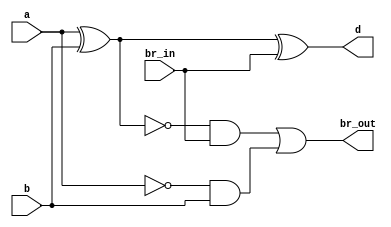
`timescale 1ns / 1ps
//////////////////////////////////////////////////////////////////////////////////
// Company: 
// 
// Design Name: Full Subtractor Structural
// Module Name: Full_Subtractor_Structural
// Project Name: 
// Target Devices: 
// Tool Versions: Vivado 2021.2
// Description: 
// 
// Dependencies: 
// 
// Revision:
// Revision 0.01 - File Created
// Additional Comments:
// 
//////////////////////////////////////////////////////////////////////////////////


module Full_Subtractor_Structural(
    br_out,     // borrow out
    d,          // difference
    a,          // a
    b,          // b
    br_in       // borrow in
    );
   
    output br_out;
    output d;
    input a;
    input b;
    input br_in;
        
    wire w1, w2, w3;
    
    xor(w1, a, b);
    and(w2, ~w1, br_in);
    and(w3, ~a, b);
    
    xor(d, a, b, br_in);
    or(br_out, w2, w3);
endmodule